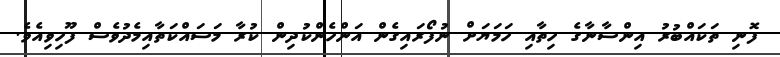
ފޮނި ތަކައްބުރު އިންސާނާގެ ހިތާއި ހަމަޔަށް ނުފޯރައިގެން އަންހެންކުދިން ކުރާ މަސައްކަތާއިމެދުވެސް ފޫހިވިއެވެ.